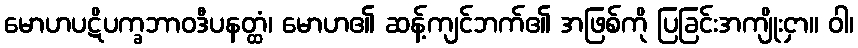
မောဟပဋိပက္ခဘာဝဒီပနတ္ထံ၊ မောဟ၏ ဆန့်ကျင်ဘက်၏ အဖြစ်ကို ပြခြင်းအကျိုးငှာ။ ဝါ၊